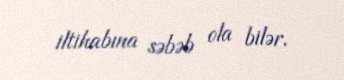
iltihabına səbəb ola bilər.